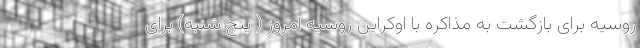
روسیه برای بازگشت به مذاکره با اوکراین روسیه امروز ( پنج شنبه) برای